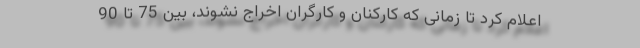
اعلام کرد تا زمانی که کارکنان و کارگران اخراج نشوند، بین 75 تا 90